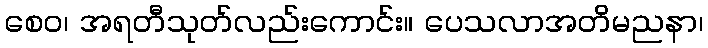
စေဝ၊ အရတီသုတ်လည်းကောင်း။ ပေသလာအတိမညနာ၊